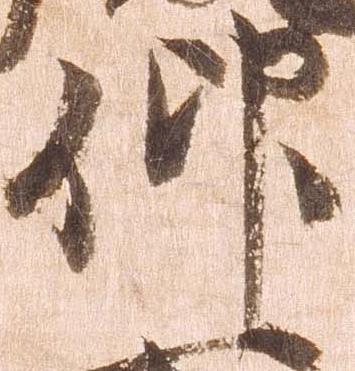
仰